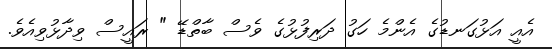
އެއީ އަޅުގަނޑުގެ އެންމެ ހަގު ދަރިފުޅުގެ ވެސް ބާތްޑޭ " ރައީސް ވިދާޅުވިއެވެ.